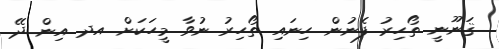
ޤަނޫނީ ތޯހިރު ފެނުން ހިނައި ތޯހިރު ނުވާ މީހަކަށް އދ އިން ދޭ